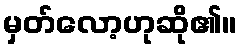
မှတ်လော့ဟုဆို၏။